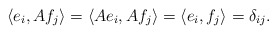
\begin{align*}\langle e_{i}, Af_{j} \rangle = \langle Ae_{i}, Af_{j} \rangle = \langle e_{i}, f_{j} \rangle = \delta_{ij}.\end{align*}